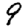
Digit: 9